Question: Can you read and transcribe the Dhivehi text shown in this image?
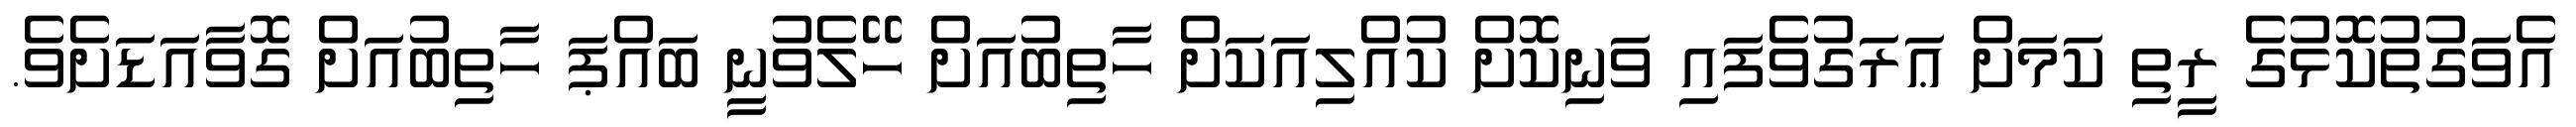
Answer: އެވަގުތުކޮޅުގެ ރީތި ކަމަށް ޢަރަގުވެފައި ވަނިކޮށް ކުއްލިއަކަށް ހާތިބުއަށް ހޭލެވުނީ ބައްޕަ ހާތިބުއަށް ގޮވާއަޑަށެވެ.